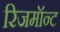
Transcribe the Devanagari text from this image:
रिजमॉन्ट